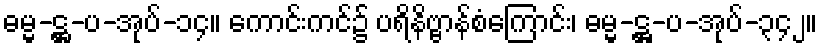
ဓမ္မ-ဋ္ဌ-ပ-အုပ်-၁၄။ ကောင်းကင်၌ ပရိနိဗ္ဗာန်စံကြောင်း၊ ဓမ္မ-ဋ္ဌ-ပ-အုပ်-၃၄၂။